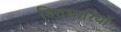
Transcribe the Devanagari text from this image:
हितधारियों